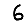
Digit: 6